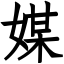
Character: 媒